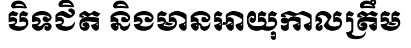
បិទជិត និងមានអាយុកាលត្រឹម